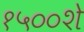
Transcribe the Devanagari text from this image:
१५००शे